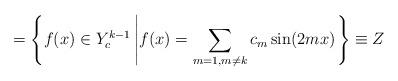
LaTeX: \begin{align*} = \left\{f(x) \in Y^{k-1}_{c} \left| f(x) = \sum_{m=1,m\neq k} c_{m}\sin(2mx)\right.\right\} \equiv Z\end{align*}